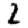
Digit: 2